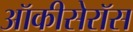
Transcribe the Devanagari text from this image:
ऑकीसेरॉस